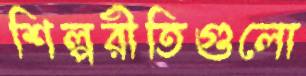
শিল্পরীতিগুলো